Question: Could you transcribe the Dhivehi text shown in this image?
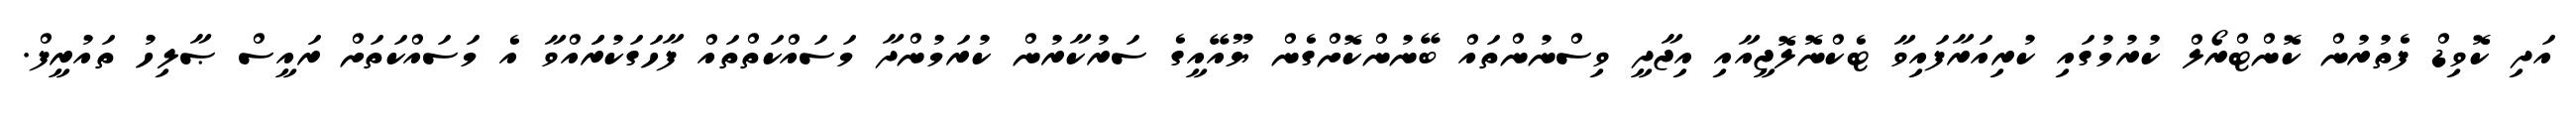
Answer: އަދި ކޮވިޑް ފެތުރުން ކޮންޓްރޯލް ކުރުމުގައި ކުރިއަރާފައިވާ ޓެކްނޮލޮޖީއާއި އިޖާދީ ވިސްނުންތައް ބޭނުންކޮށްގެން ޔޫއޭއީގެ ސަރުކާރުން ކުރަމުންދާ މަސައްކަތްތައް ފާހަގަކުރަައްވާ އެ މަސައްކަތަށް ރައީސް ޞާލިހު ތައުރީފް.